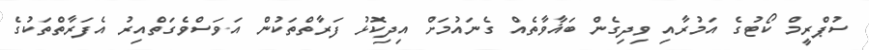
ސުޕްރީމް ކޯޓުގެ އަމުރާއި ވިދިގެން ބަޣާވާތެއް ގެނައުމަށް އިދިކޮޅު ފަރާތްތަކުން އަވަސްވެގަތްއިރު އެފަރާތްތަކުގެ